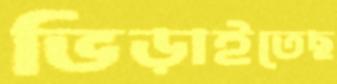
ভিড়াইতেছ